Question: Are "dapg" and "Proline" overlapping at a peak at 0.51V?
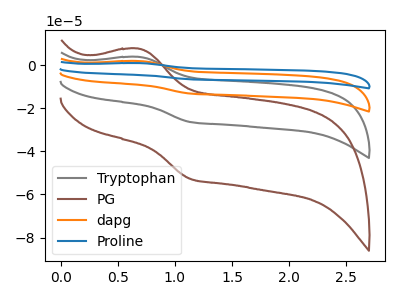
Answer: <think>The gray curve "Tryptophan" has an anodic peak at (0.70V, 3.80uA) and a cathodic peak at (1.15V, -26.40uA). The brown curve "PG" has an anodic peak at (0.70V, 7.65uA) and a cathodic peak at (1.15V, -52.80uA). The orange curve "dapg" has an anodic peak at (0.70V, 7.65uA) and a cathodic peak at (1.15V, -52.85uA). The blue curve "Proline" has an anodic peak at (0.70V, 11.45uA) and a cathodic peak at (1.15V, -79.25uA).</think>
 <answer>No, "dapg" and "Proline" dont share a peak at 0.51V.</answer>
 <eval>mismatch</eval>